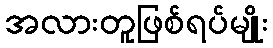
အလားတူဖြစ်ရပ်မျိုး